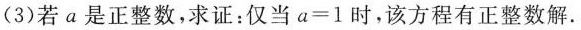
(3)若a是正整数，求证：仅当a=l时，该方程有正整数解.